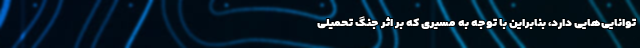
توانایی‌هایی دارد، بنابراین با توجه به مسیری که بر اثر جنگ تحمیلی